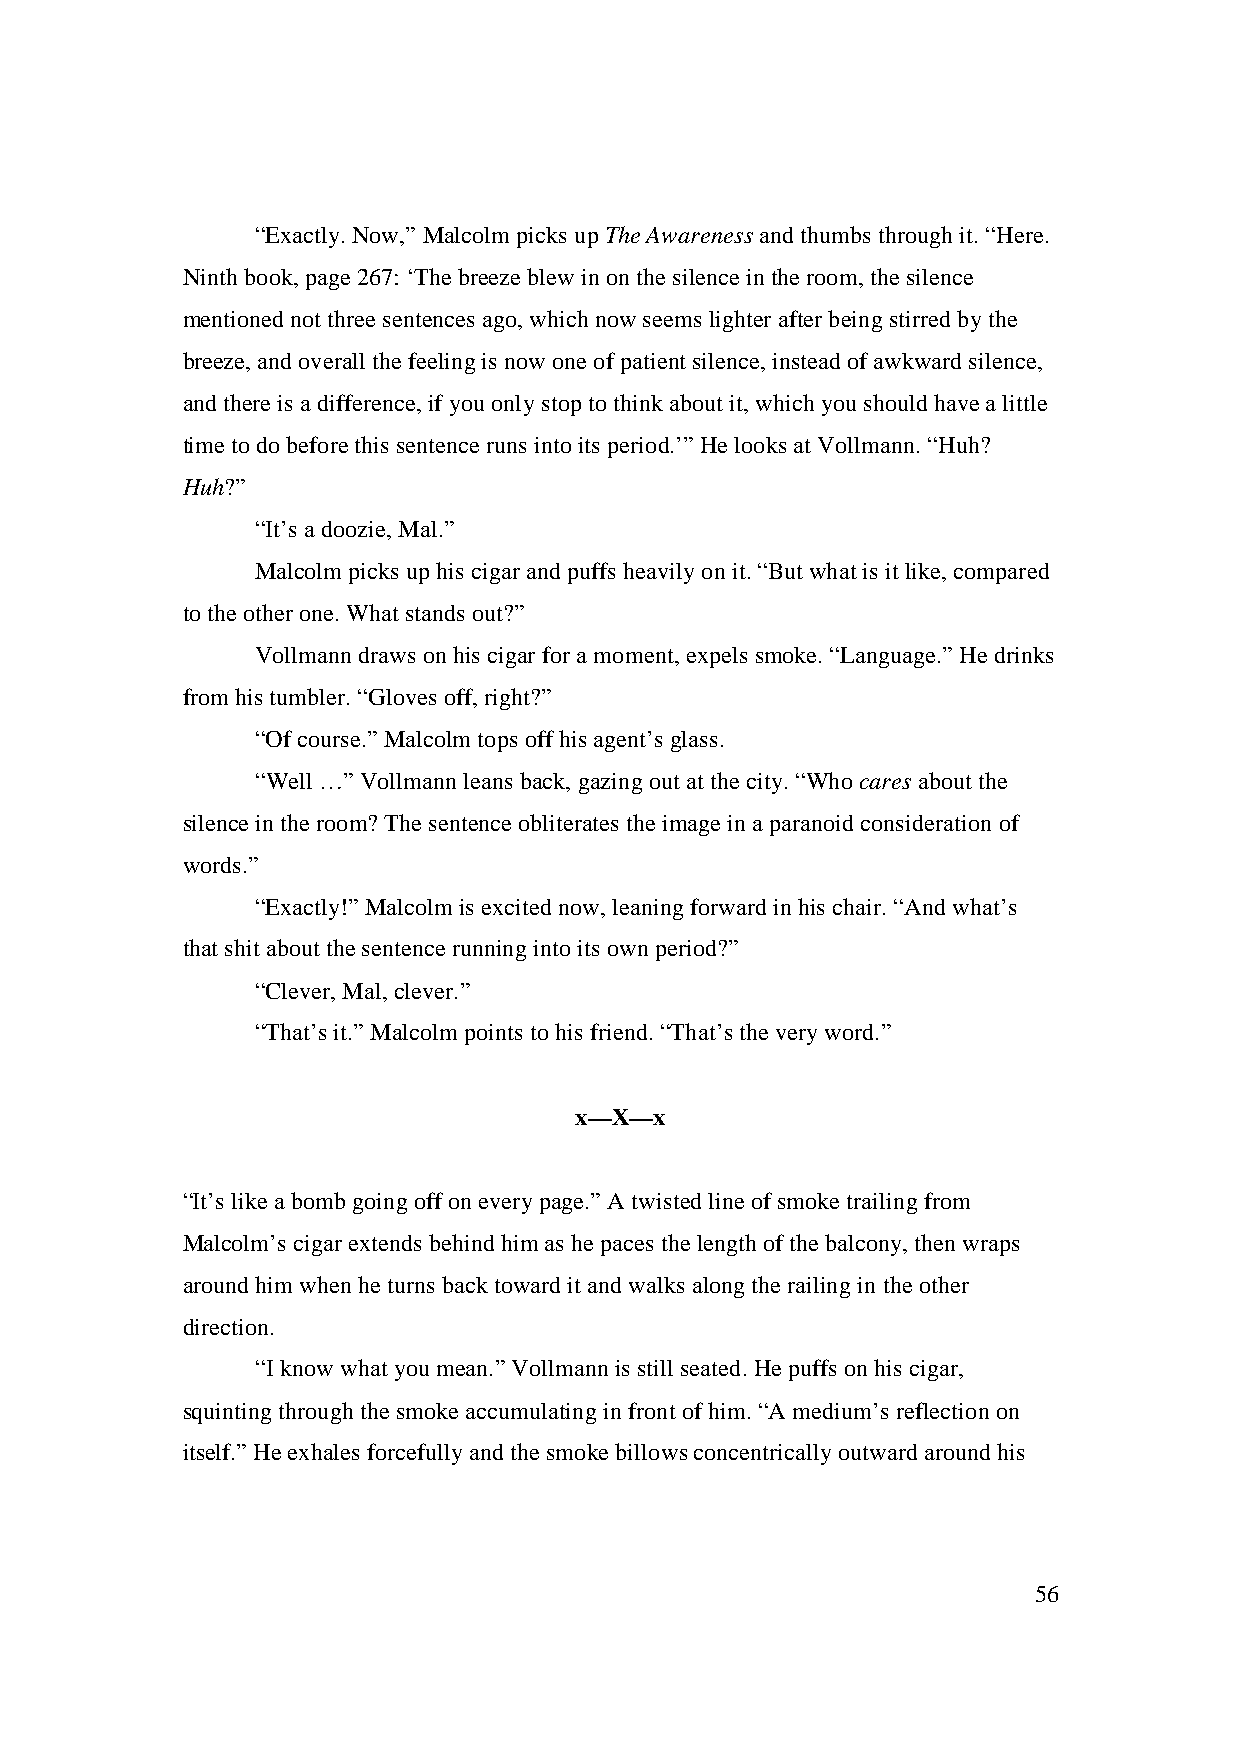
“Exactly. Now,” Malcolm picks up The Awareness and thumbs through it. “Here.
 Ninth book, page 267: ‘The breeze blew in on the silence in the room, the silence
 mentioned not three sentences ago, which now seems lighter after being stirred by the
 breeze, and overall the feeling is now one of patient silence, instead of awkward silence,
 and there is a difference, if you only stop to think about it, which you should have a little
 time to do before this sentence runs into its period.’” He looks at Vollmann. “Huh?
 Huh?”
 “It’s a doozie, Mal.”
 Malcolm picks up his cigar and puffs heavily on it. “But what is it like, compared
 to the other one. What stands out?”
 Vollmann draws on his cigar for a moment, expels smoke. “Language.” He drinks
 from his tumbler. “Gloves off, right?”
 “Of course.” Malcolm tops off his agent’s glass.
 “Well …” Vollmann leans back, gazing out at the city. “Who cares about the
 silence in the room? The sentence obliterates the image in a paranoid consideration of
 words.”
 “Exactly!” Malcolm is excited now, leaning forward in his chair. “And what’s
 that shit about the sentence running into its own period?”
 “Clever, Mal, clever.”
 “That’s it.” Malcolm points to his friend. “That’s the very word.”
 x—X—x
 “It’s like a bomb going off on every page.” A twisted line of smoke trailing from
 Malcolm’s cigar extends behind him as he paces the length of the balcony, then wraps
 around him when he turns back toward it and walks along the railing in the other
 direction.
 “I know what you mean.” Vollmann is still seated. He puffs on his cigar,
 squinting through the smoke accumulating in front of him. “A medium’s reflection on
 itself.” He exhales forcefully and the smoke billows concentrically outward around his
 56